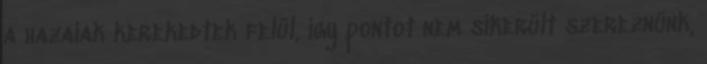
a hazaiak kerekedtek felül, így pontot nem sikerült szereznünk,